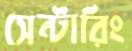
সেন্টারিং